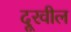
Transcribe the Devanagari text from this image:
दूरवील